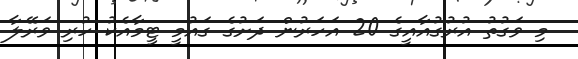
މި ވަގުތު އުރުގުއާއީގެ 20 އަހަރުން ދަށުގެ ގައުމީ ޓީމާއެކު ހުރި ވަރޭލާ